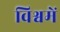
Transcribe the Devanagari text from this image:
विश्वमें